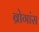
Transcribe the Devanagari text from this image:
ब्रोगांस